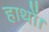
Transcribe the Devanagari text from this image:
हाथों।